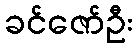
ခင်ဇော်ဦး